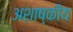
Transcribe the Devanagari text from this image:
अशाष्कीय